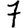
Digit: 7